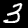
Label: 3